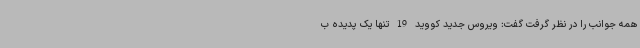
همه جوانب را در نظر گرفت گفت: ویروس جدید کووید 19 تنها یک پدیده ب